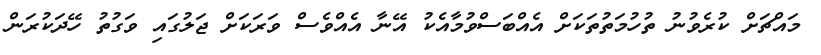
މައްޗަށް ކުރެވުނު ތުހުމަތުތަކަށް އެއްބަސްވުމާއެކު އޭނާ އެއްވެސް ވަރަކަށް ޖަލުގައި ވަގުތު ހޭދަކުރަން